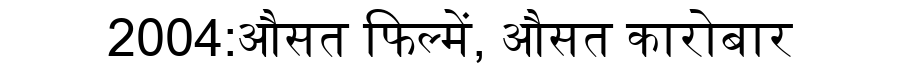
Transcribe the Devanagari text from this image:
2004:औसत फिल्में, औसत कारोबार